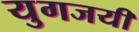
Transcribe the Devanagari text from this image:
युगजयी